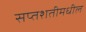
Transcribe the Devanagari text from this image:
सप्तशतीमधील